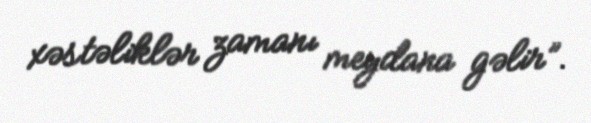
xəstəliklər zamanı meydana gəlir”.